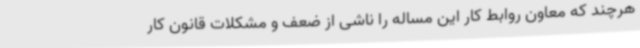
هرچند که معاون روابط کار این مساله را ناشی از ضعف و مشکلات قانون کار